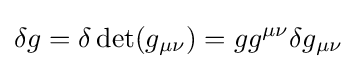
\delta g=\delta \det(g_{\mu \nu })=gg^{\mu \nu }\delta g_{\mu \nu }